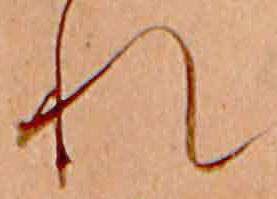
れ